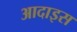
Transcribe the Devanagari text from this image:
आदाइस